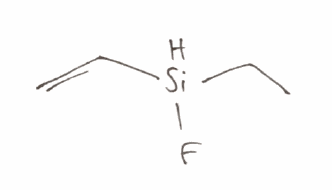
Simplified molecular-input line-entry system (SMILES) notation of the given molecule:
CC[SiH](C=C)F